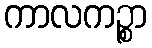
ကာလကဉ္စာ